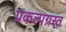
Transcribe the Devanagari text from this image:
प्रकल्पग्रस्त